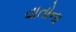
વાતોના